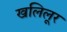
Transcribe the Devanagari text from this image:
खलिलूर